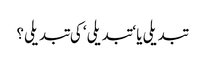
تبدیلی یا ‘تبدیلی‘ کی تبدیلی؟